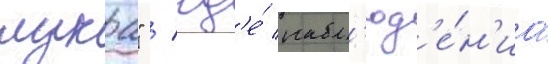
лука" / гд'е́ набл'юд'е́н'иа